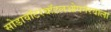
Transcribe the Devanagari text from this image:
सोडावॉटरबॉटलओपनरवाला